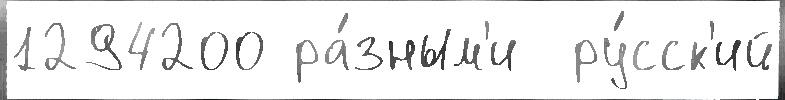
1294200 ра́зным'и  ру́сск'ий